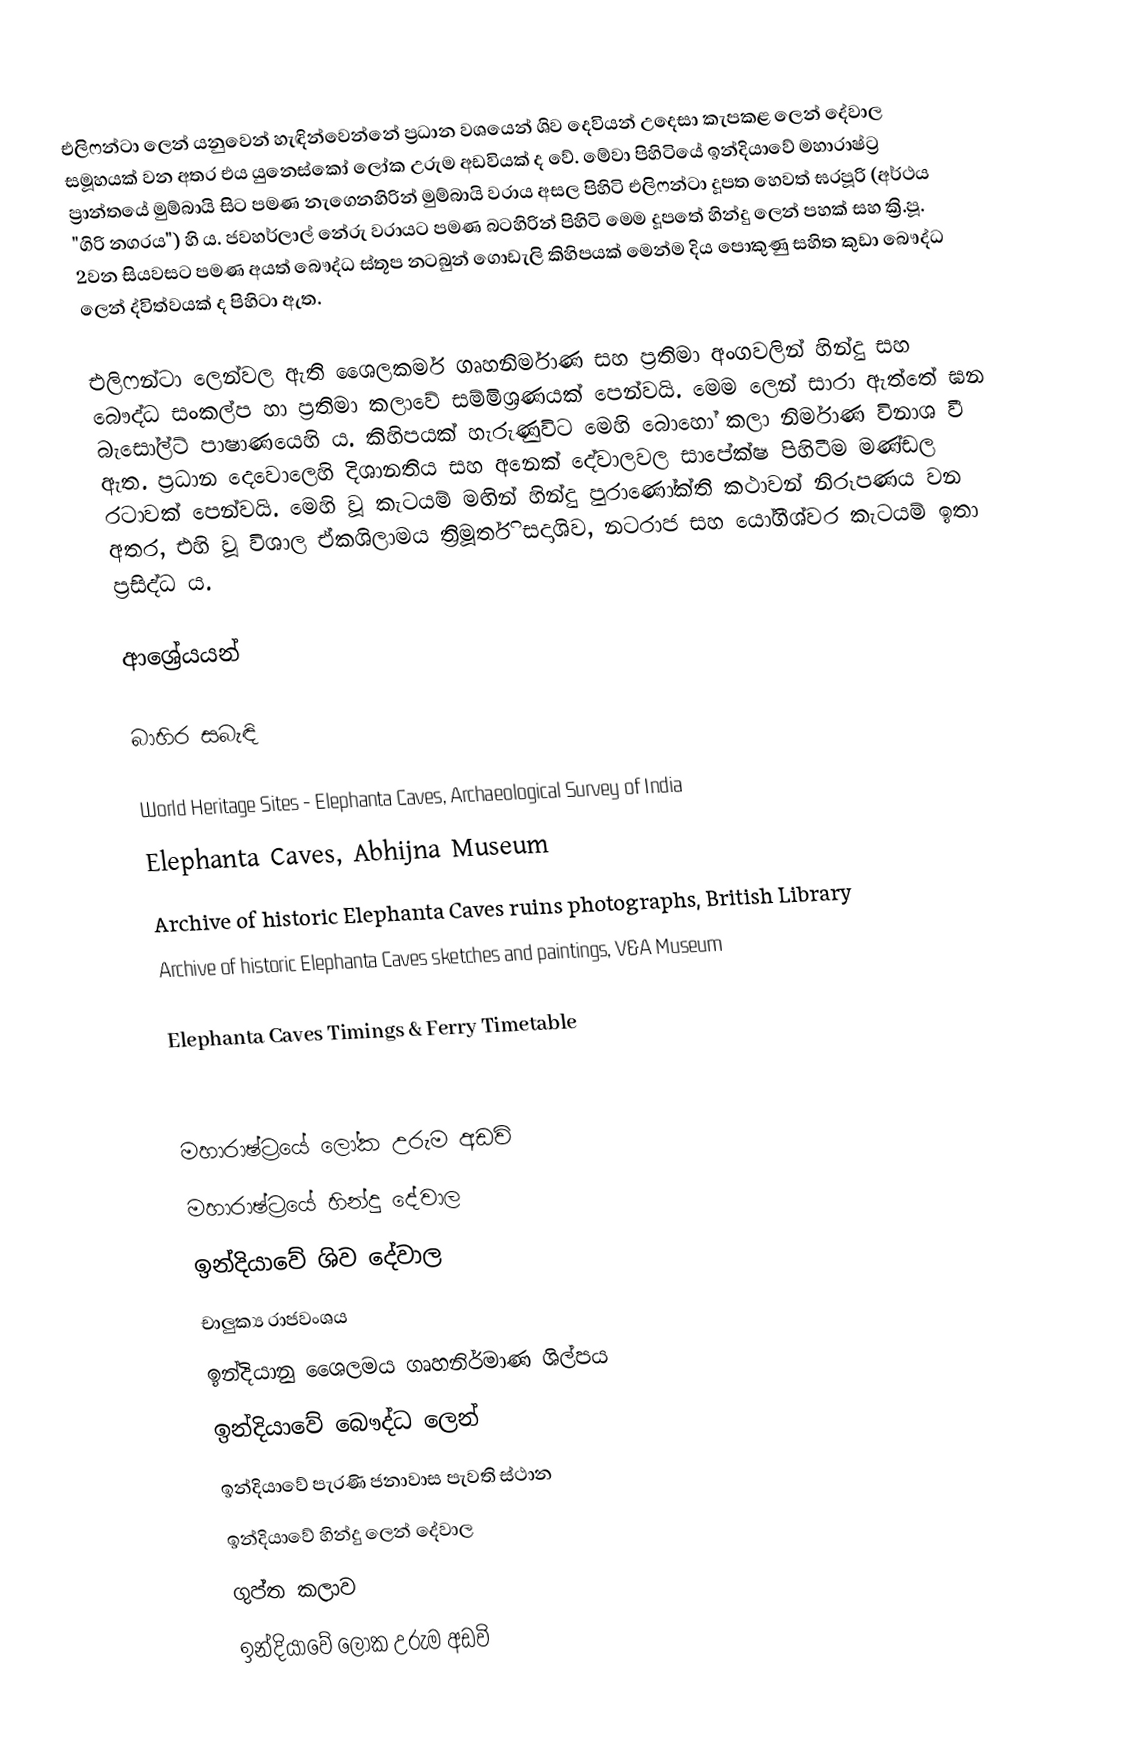
එලිෆන්ටා ලෙන් ‍යනුවෙන් හැඳින්වෙන්නේ ප්‍රධාන වශයෙන් ශිව දෙවියන් උදෙසා කැපකළ ලෙන් දේවාල සමූහයක් වන අතර එය යුනෙස්කෝ ලෝක උරුම අඩවියක් ද වේ. මේවා පිහිටියේ ඉන්දියාවේ මහාරාෂ්ට්‍ර ප්‍රාන්තයේ මුම්බායි සිට  පමණ නැගෙනහිරින් මුම්බායි වරාය අසල පිහිටි එලිෆන්ටා දූපත හෙවත් ඝරපූරි (අර්ථය "ගිරි නගරය") හි ය. ජවහර්ලාල් නේරු වරායට  පමණ බටහිරින් පිහිටි මෙම දූපතේ හින්දු ලෙන් පහක් සහ ක්‍රි.පූ. 2වන සියවසට පමණ අයත් බෞද්ධ ස්තූප නටබුන් ගොඩැලි කිහිපයක් මෙන්ම දිය පොකුණු සහිත කුඩා බෞද්ධ ලෙන් ද්විත්වයක් ද පිහිටා ඇත.

එලිෆන්ටා ලෙන්වල ඇති ශෛලකර්ම ගෘහනිර්මාණ සහ ප්‍රතිමා අංගවලින් හින්දු සහ බෞද්ධ සංකල්ප හා ප්‍රතිමා කලාවේ සම්මිශ්‍රණයක් පෙන්වයි. මෙම ලෙන් සාරා ඇත්තේ ඝන බැසෝල්ට් පාෂාණයෙහි ය. කිහිපයක් හැරුණුවිට මෙහි බොහෝ කලා නිර්මාණ විනාශ වී ඇත. ප්‍රධාන දෙවොලෙහි දිශානතිය සහ අනෙක් දේවාලවල සාපේක්ෂ පිහිටීම මණ්ඩල රටාවක් පෙන්වයි. මෙහි වූ කැටයම් මඟින් හින්දු පුරාණෝක්ති කථාවන් නිරූපණය වන අතර, එහි වූ විශාල ඒකශිලාමය  ත්‍රිමූර්ති සදාශිව, නටරාජ සහ යෝගීශ්වර කැටයම් ඉතා ප්‍රසිද්ධ ය.

ආශ්‍රේයයන්

බාහිර සබැඳි

World Heritage Sites - Elephanta Caves, Archaeological Survey of India
Elephanta Caves, Abhijna Museum
Archive of historic Elephanta Caves ruins photographs, British Library
Archive of historic Elephanta Caves sketches and paintings, V&A Museum

Elephanta Caves Timings & Ferry Timetable

මහාරාෂ්ට්‍රයේ ලෝක උරුම අඩවි
මහාරාෂ්ට්‍රයේ හින්දු දේවාල
ඉන්දියාවේ ශිව දේවාල
චාලුක්‍ය රාජවංශය
ඉන්දියානු ශෛලමය ගෘහනිර්මාණ ශිල්පය
ඉන්දියාවේ බෞද්ධ ලෙන්
ඉන්දියාවේ පැරණි ජනාවාස පැවති ස්ථාන
ඉන්දියාවේ හින්දු ලෙන් දේවාල
ගුප්ත කලාව
ඉන්දියාවේ ලෝක උරුම අඩවි